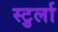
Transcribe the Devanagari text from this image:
स्टुर्ला